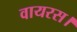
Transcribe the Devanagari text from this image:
वायरस।